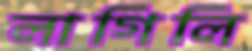
লাগিলি